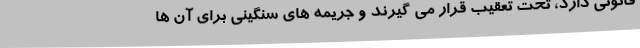
قانونی دارد، تحت تعقیب قرار می گیرند و جریمه های سنگینی برای آن ها